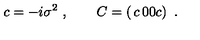
c = - i \sigma ^ { 2 } \ , \qquad C = \left( \begin{matrix} { c } & { 0 } \\ { 0 } & { c } \\ \end{matrix} \right) \ .